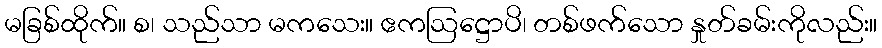
မခြစ်ထိုက်။ စ၊ သည်သာ မကသေး။ ဧကဩဋ္ဌောပိ၊ တစ်ဖက်သော နှုတ်ခမ်းကိုလည်း။